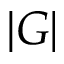
| G |